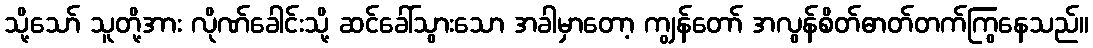
သို့သော် သူတို့အား လိုဏ်ခေါင်းသို့ ဆင်ခေါ်သွားသော အခါမှာတော့ ကျွန်တော် အလွန်စိတ်ဓာတ်တက်ကြွနေသည်။